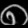
Digit: ၈